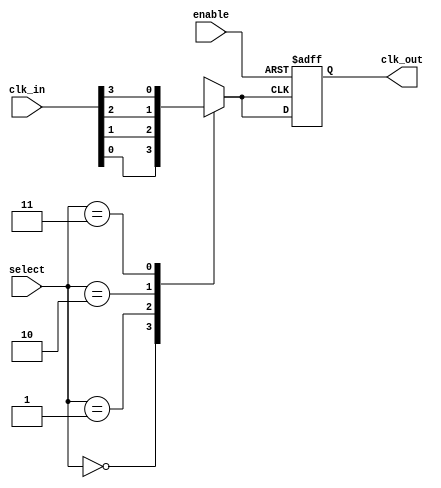
module ClockMultiplexerBuffer #(
    parameter NUM_CLOCKS = 4 // Number of clock inputs (e.g., CLK0, CLK1, CLK2, CLK3)
)(
    input wire [NUM_CLOCKS-1:0] clk_in, // Clock inputs
    input wire [$clog2(NUM_CLOCKS)-1:0] select, // Select lines
    input wire enable, // Enable signal
    output reg clk_out // Clock output
);

// Internal signal to hold the selected clock
reg selected_clk;

// Multiplexer logic to select the clock based on the select lines
always @(*) begin
    case (select)
        0: selected_clk = clk_in[0];
        1: selected_clk = clk_in[1];
        2: selected_clk = clk_in[2];
        3: selected_clk = clk_in[3];
        default: selected_clk = 1'b0; // Default case (should not occur)
    endcase
end

// Buffering stage with enable control
always @(posedge selected_clk or negedge enable) begin
    if (!enable) begin
        clk_out <= 1'bz; // High-impedance state when not enabled
    end else begin
        clk_out <= selected_clk; // Drive the output with the selected clock
    end
end

endmodule